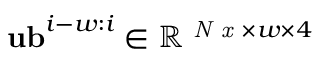
\mathbf { u b } ^ { i - w : i } \in \mathbb { R } ^ { \textit { N x } \times w \times 4 }